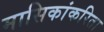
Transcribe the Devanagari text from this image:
मासिकांकरिता